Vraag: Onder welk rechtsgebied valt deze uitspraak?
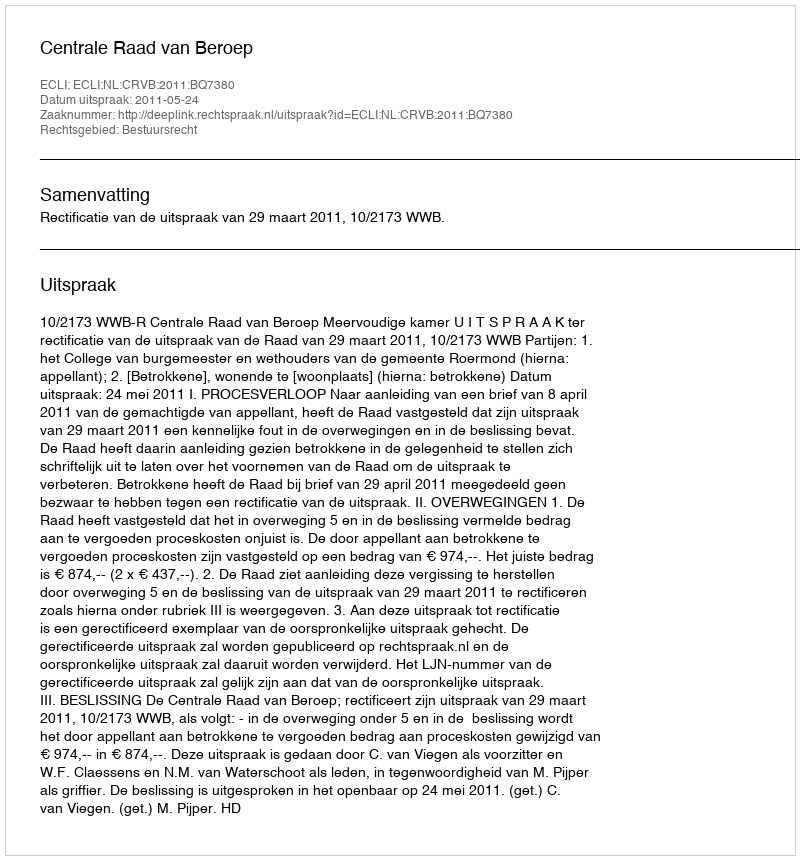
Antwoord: Bestuursrecht